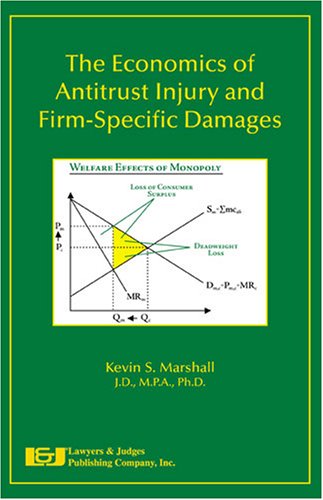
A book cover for The Economics of Antitrust Injury and Firm-Specific Damages; Law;